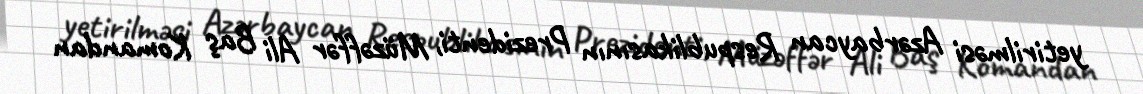
yetirilməsi Azərbaycan Respublikasının Prezidenti, Müzəffər Ali Baş Komandan